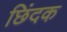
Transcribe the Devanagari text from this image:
छिंदक